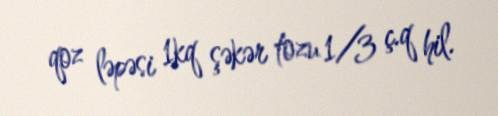
qoz ləpəsi 1kq şəkər tozu 1/3 ç.q hil.